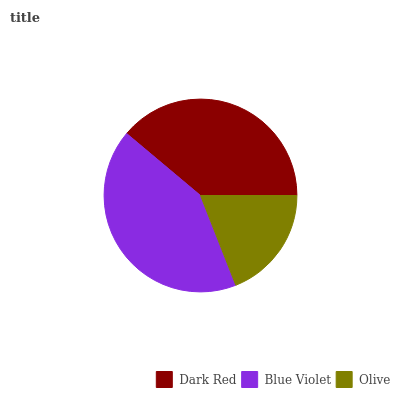
| Dark Red | Blue Violet | Olive |
 | --- | --- | --- |
 | 38.9% | 42% | 19.1% |